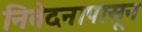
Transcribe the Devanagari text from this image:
निवेदनापासून